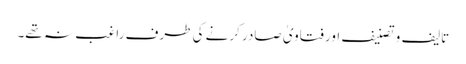
تالیف و تصنیف اور فتاویٰ صادر کرنے کی طرف راغب نہ تھے۔